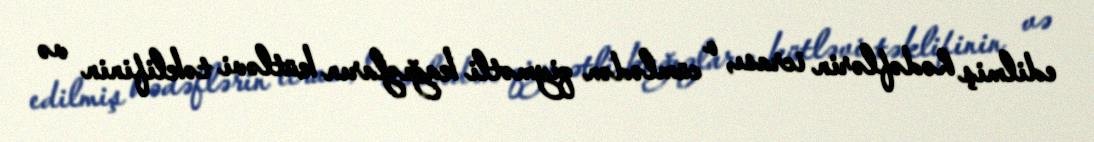
edilmiş hədəflərin icrası, o cümlədən qiymətli kağızların kütləvi təklifinin və